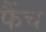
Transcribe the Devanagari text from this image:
फैंच